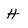
Character: H